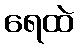
ရေထဲ